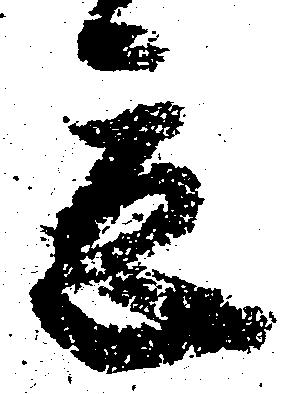
立